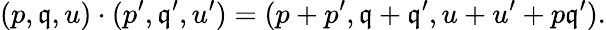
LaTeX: (p,\mathfrak{q},u)\cdot(p^{\prime},\mathfrak{q}^{\prime},u^{\prime})=(p+p^{\prime},\mathfrak{q}+\mathfrak{q}^{\prime},u+u^{\prime}+p\mathfrak{q}^{\prime}).